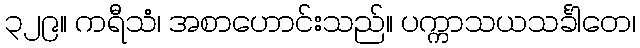
၃၂၉။ ကရီသံ၊ အစာဟောင်းသည်။ ပက္ကာသယသင်္ခါတေ၊